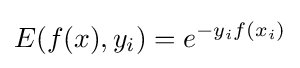
E(f(x),y_{i})=e^{-y_{i}f(x_{i})}